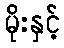
မိုးနှင့်